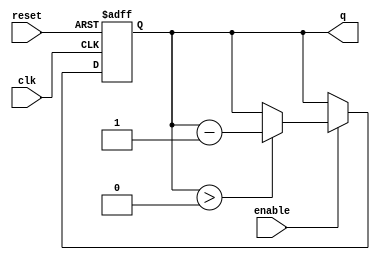
module binary_down_counter #(
    parameter N = 4  // Parameter for the number of bits in the counter
)(
    input wire clk,       // Clock signal
    input wire reset,     // Active high reset signal
    input wire enable,    // Enable signal for counting
    output reg [N-1:0] q // n-bit output count
);

    // Maximum value for the counter
    localparam MAX_COUNT = (1 << N) - 1; // 2^N - 1

    // Sequential logic for the counter
    always @(posedge clk or posedge reset) begin
        if (reset) begin
            // Reset the counter to the maximum value
            q <= MAX_COUNT;
        end else if (enable) begin
            // Decrement the counter, but do not go below zero
            if (q > 0) begin
                q <= q - 1;
            end
        end
    end

endmodule